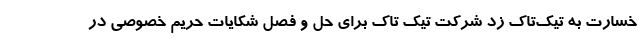
خسارت به تیک‌تاک زد شرکت تیک تاک برای حل و فصل شکایات حریم خصوصی در